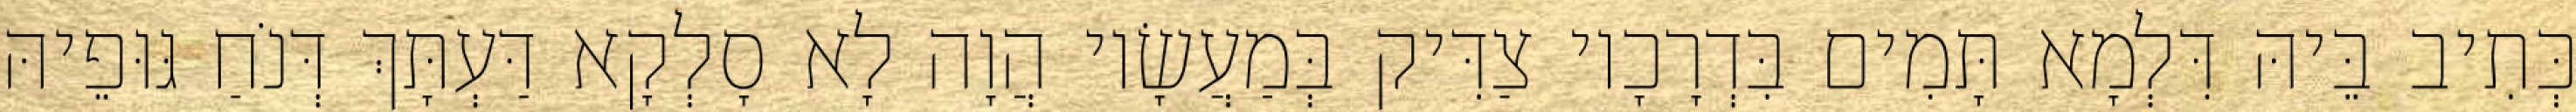
כְּתִיב בֵּיהּ דִּלְמָא תָּמִים בִּדְרָכָיו צַדִּיק בְּמַעֲשָׂיו הֲוָה לָא סָלְקָא דַּעְתָּךְ דְּנֹחַ גּוּפֵיהּ